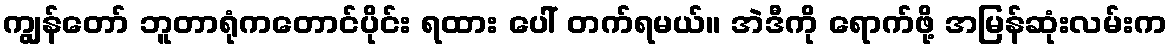
ကျွန်တော် ဘူတာရုံကတောင်ပိုင်း ရထား ပေါ် တက်ရမယ်။ အဲဒီကို ရောက်ဖို့ အမြန်ဆုံးလမ်းက